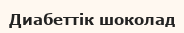
Диабеттік шоколад